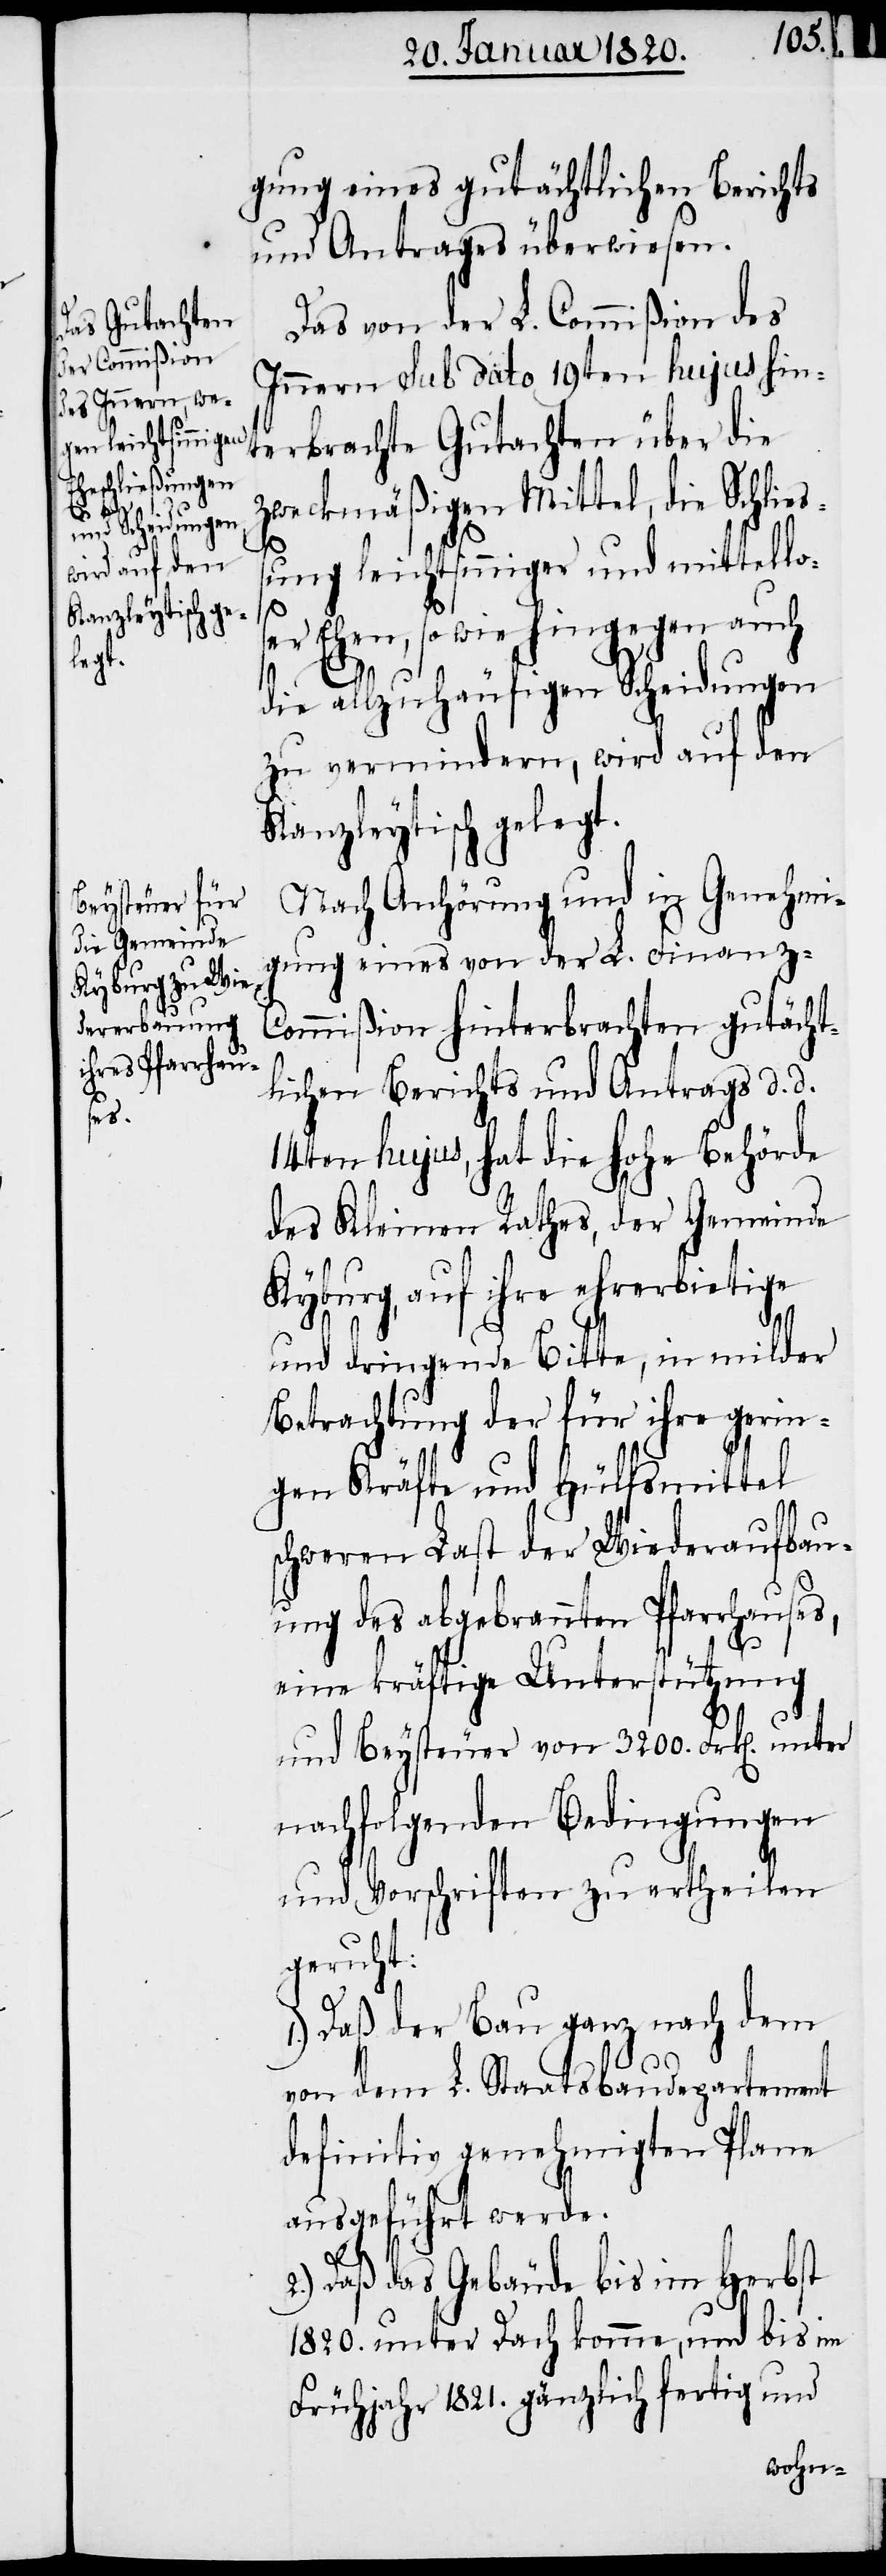
gung eines gutächtlichen Berichts
und Antrages überwiesen.
Das von der L. Commißion des
Innern sub dato 19ten hujus hin¬
terbrachte Gutachten über die
zweckmäßigen Mittel, die Schließ¬
ung leichtsinniger und mittello¬
ser Ehen, so wie hingegen auch
die allzuhäufigen Scheidungen
zu vermindern, wird auf den
Kanzleytisch gelegt.
Nach Anhörung und in Genehmi¬
gung eines von der L. Finanz-C¬
ommißion hinterbrachten gutächt¬
lichen Berichts und Antrags d. d.
14ten hujus, hat die hohe Behörde
des Kleinen Rathes, der Gemeinde
Kyburg, auf ihre ehrerbietige
und dringende Bitte, in milder
Betrachtung der für ihre gerin¬
gen Kräfte und Hülfsmittel
schweren Last der Wiederaufbau¬
ung des abgebrannten Pfarrhauses,
eine kräftige Unterstützung
und Beysteuer von 3200. Frk[en].
nachfolgenden Bedingungen
und Vorschriften zu ertheilen
geruht:
1.) Daß der Bau ganz nach dem
von dem L. Staatsbaudepartement
definitiv genehmigten Plane
ausgeführt werde.
2.) Daß das Gebäude bis im Herbst
1820. unter Dach komme, und bis im
Frühjahr 1821. gänzlich fertig und